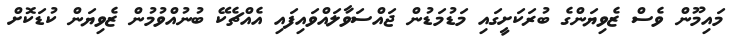
މައިމޫން ވެސް ޒެވިޔަންގެ ބުރަކަށީގައި މަޑުމަޑުން ޖައްސަވާލައްވައިފައި އެއްޗެކޭ ބުނުއްވުމުން ޒެވިޔަން ކުޑަކޮށް